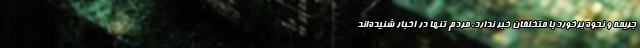
جریمه و نحوه برخورد با متخلفان خبر ندارد. مردم تنها در اخبار شنیده‌اند